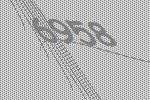
6958